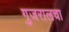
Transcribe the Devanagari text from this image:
गुजरालचा